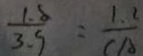
\frac { 1 . 8 } { 3 . 9 } = \frac { 1 . 2 } { C A }